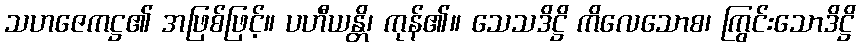
သဟဇေကဋ္ဌ၏ အဖြစ်ဖြင့်။ ပဟီယန္တိ၊ ကုန်၏။ သေသဒိဋ္ဌိ ကိလေသောစ၊ ကြွင်းသောဒိဋ္ဌိ